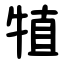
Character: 犆